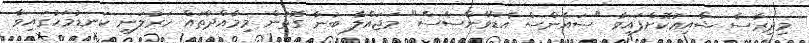
މިދިރާސާ ޝާއިޢުކޮށްފައިވާ "ސައެންސް އެޑްވާންސެސް" މަޖައްލާ ބުނާ ގޮތުން މިމާއްދާތައް ހަރުލަނީ ކަނޑުމަހުގައިވާ